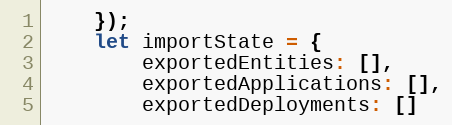
Language: JavaScript
    });
    let importState = {
        exportedEntities: [],
        exportedApplications: [],
        exportedDeployments: []